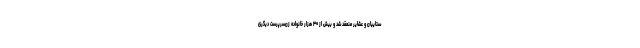
ستاییان و عشایر منعقد شد و بیش از ۳۰ هزار خانواده زن‌سرپرست دیگری